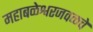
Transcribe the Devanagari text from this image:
महाबळेश्वरजवळचे